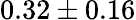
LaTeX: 0.32\pm 0.16